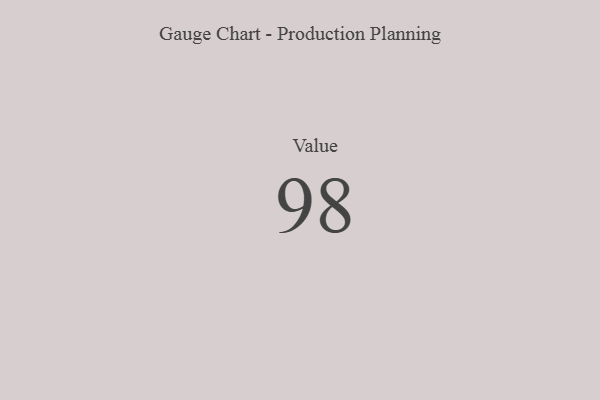
{"axis": {"x": "Metric", "y": "Value"}, "legend": [""], "data": [{"x": "Value", "y": 98, "type": ""}]}